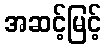
အဆင့်မြင့်